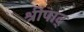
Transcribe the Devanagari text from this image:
श्रीपाद्